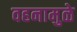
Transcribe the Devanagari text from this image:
वहनामुळे